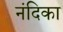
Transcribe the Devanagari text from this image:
नंदिका